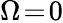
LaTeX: \Omega\! =\! 0